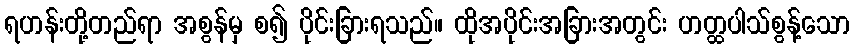
ရဟန်းတို့တည်ရာ အစွန်မှ စ၍ ပိုင်းခြားရသည်။ ထိုအပိုင်းအခြားအတွင်း ဟတ္ထပါသ်စွန့်သော